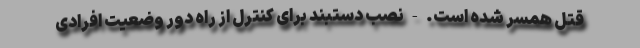
قتل همسر شده است. - نصب دستبند برای کنترل از راه دورِ وضعیت افرادی